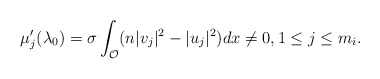
\begin{align*}\mu_j'(\lambda_0) = \sigma \int_{\mathcal O} (n|v_j|^2-|u_j|^2)dx\neq 0, 1\leq j\leq m_i.\end{align*}